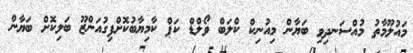
މައުލޫމާތު މުއްސަނދިވި ބަޔާން މިއުނިކް ކްލަބް ވޯލްޑް ކަޕް ކާމިޔާބުކޮށްފިގުއަންޒޫ ބަލިކޮށް ބަޔާން